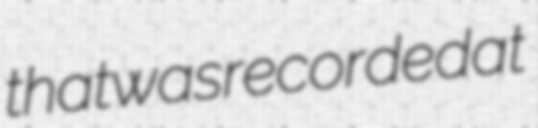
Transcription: that was recorded at